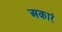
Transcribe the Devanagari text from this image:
अकारं